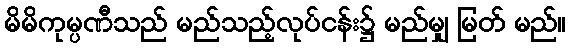
မိမိကုမ္ပဏီသည် မည်သည့်လုပ်ငန်း၌ မည်မျှ မြတ် မည်။